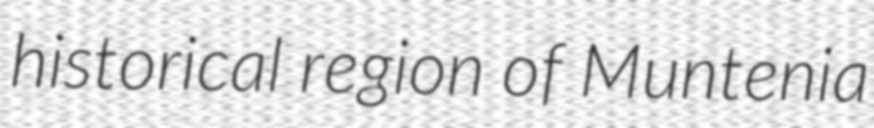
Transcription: historical region of Muntenia